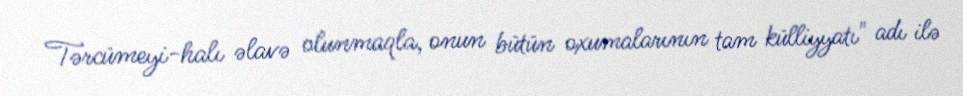
Tərcümeyi-halı əlavə olunmaqla, onun bütün oxumalarının tam külliyyatı" adı ilə